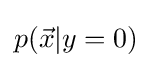
p({\vec {x}}|y=0)